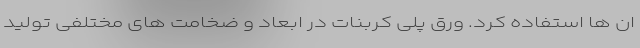
ان ها استفاده کرد. ورق پلی کربنات در ابعاد و ضخامت های مختلفی تولید